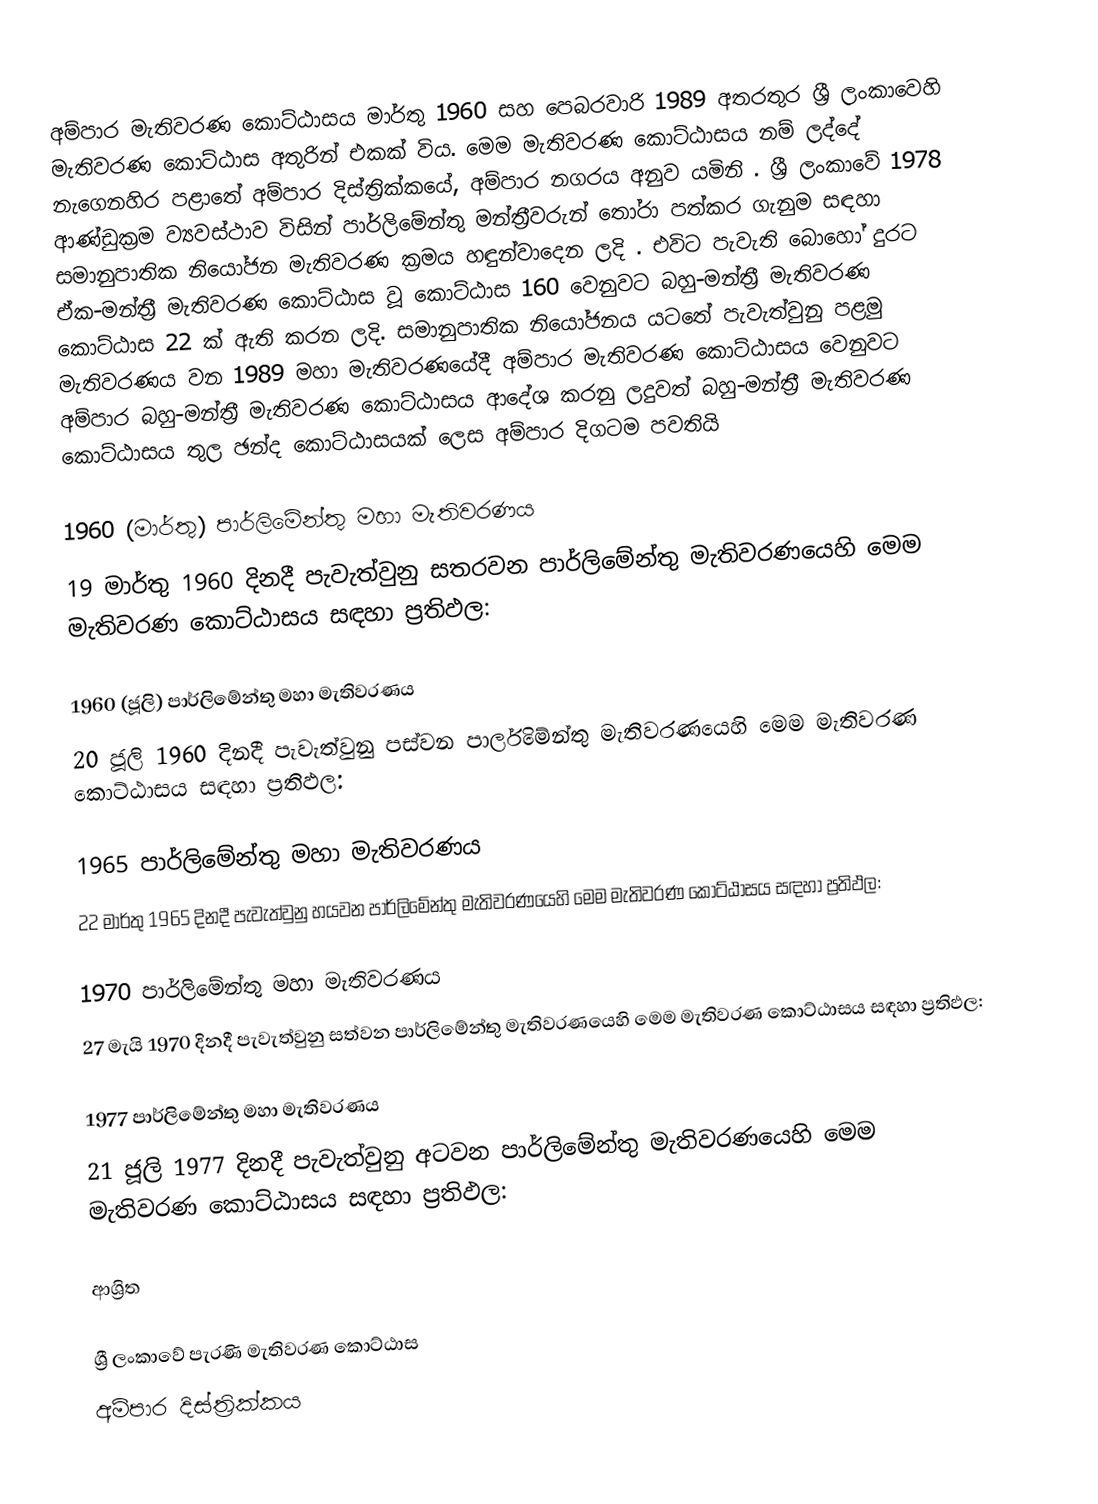
අම්පාර මැතිවරණ කොට්ඨාසය මාර්තු 1960 සහ පෙබරවාරි 1989 අතරතුර  ශ්‍රී ලංකාවෙහි  මැතිවරණ කොට්ඨාස අතුරින් එකක් විය. මෙම මැතිවරණ කොට්ඨාසය නම් ලද්දේ  නැගෙනහිර පළාතේ  අම්පාර දිස්ත්‍රික්කයේ,  අම්පාර නගරය අනුව යමිනි . ශ්‍රී ලංකාවේ 1978 ආණ්ඩුක්‍රම ව්‍යවස්ථාව විසින්   පාර්ලිමේන්තු මන්ත්‍රීවරුන් තෝරා පත්කර ගැනුම සඳහා සමානුපාතික නියෝජන මැතිවරණ ක්‍රමය හඳුන්වාදෙන ලදි . එවිට පැවැති බොහෝ දුරට  ඒක-මන්ත්‍රී මැතිවරණ කොට්ඨාස වූ කොට්ඨාස 160 වෙනුවට බහු-මන්ත්‍රී මැතිවරණ කොට්ඨාස 22 ක් ඇති කරන ලදි. සමානුපාතික නියෝජනය යටතේ පැවැත්වුනු පළමු මැතිවරණය වන 1989 මහා මැතිවරණයේදී  අම්පාර මැතිවරණ කොට්ඨාසය වෙනුවට  අම්පාර බහු-මන්ත්‍රී මැතිවරණ කොට්ඨාසය  ආදේශ කරනු ලදුවත් බහු-මන්ත්‍රී මැතිවරණ කොට්ඨාසය තුල ඡන්ද කොට්ඨාසයක් ලෙස අම්පාර දිගටම පවතියි

1960 (මාර්තු) පාර්ලිමේන්තු මහා මැතිවරණය
19 මාර්තු 1960 දිනදී පැවැත්වුනු  සතරවන පාර්ලිමේන්තු මැතිවරණයෙහි මෙම මැතිවරණ කොට්ඨාසය සඳහා ප්‍රතිඵල:

1960 (ජූලි) පාර්ලිමේන්තු මහා මැතිවරණය
20 ජූලි 1960 දිනදී පැවැත්වුනු  පස්වන පාර්ලිමේන්තු මැතිවරණයෙහි මෙම මැතිවරණ කොට්ඨාසය සඳහා ප්‍රතිඵල:

1965 පාර්ලිමේන්තු මහා මැතිවරණය
22 මාර්තු 1965  දිනදී පැවැත්වුනු  හයවන පාර්ලිමේන්තු මැතිවරණයෙහි මෙම මැතිවරණ කොට්ඨාසය සඳහා ප්‍රතිඵල:

1970 පාර්ලිමේන්තු මහා මැතිවරණය
27 මැයි 1970 දිනදී පැවැත්වුනු  සත්වන පාර්ලිමේන්තු මැතිවරණයෙහි මෙම මැතිවරණ කොට්ඨාසය සඳහා ප්‍රතිඵල:

1977 පාර්ලිමේන්තු මහා මැතිවරණය
21 ජූලි 1977 දිනදී පැවැත්වුනු  අටවන පාර්ලිමේන්තු මැතිවරණයෙහි මෙම මැතිවරණ කොට්ඨාසය සඳහා ප්‍රතිඵල:

ආශ්‍රිත

ශ්‍රී ලංකාවේ පැරණි මැතිවරණ කොට්ඨාස
 අම්පාර දිස්ත්‍රික්කය